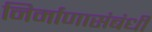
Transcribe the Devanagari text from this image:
निर्माणासंबंधी